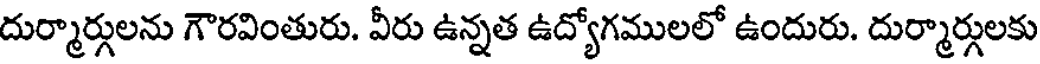
దుర్మార్గులను గౌరవింతురు. వీరు ఉన్నత ఉద్యోగములలో ఉందురు. దుర్మార్గులకు